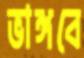
ভাঙ্গবে